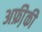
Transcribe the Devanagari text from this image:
अफ्री़की